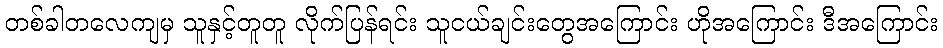
တစ်ခါတလေကျမှ သူနှင့်တူတူ လိုက်ပြန်ရင်း သူငယ်ချင်းတွေအကြောင်း ဟိုအကြောင်း ဒီအကြောင်း